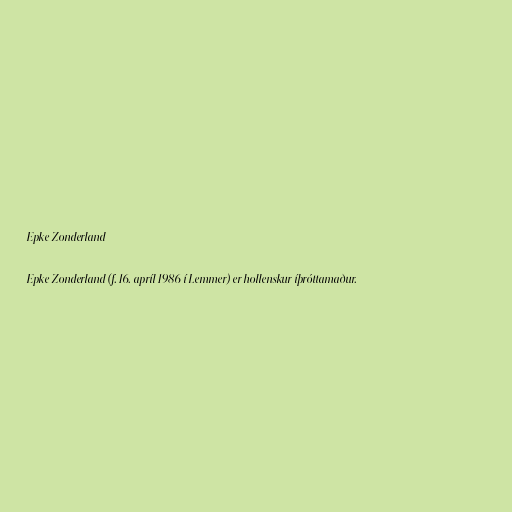
Epke Zonderland

Epke Zonderland (f. 16. apríl 1986 í Lemmer) er hollenskur íþróttamaður.